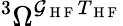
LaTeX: {}^{3}\Omega^{\mathcal{G}_{\mathrm{{~H~F~}}}T_{\mathrm{{~H~F~}}}}